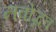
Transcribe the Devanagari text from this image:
नवोद्भव